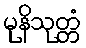
မုနိသုတ္တံ